Report on vaccination in the Province of Bengal - 1869-1873
Year: 1869
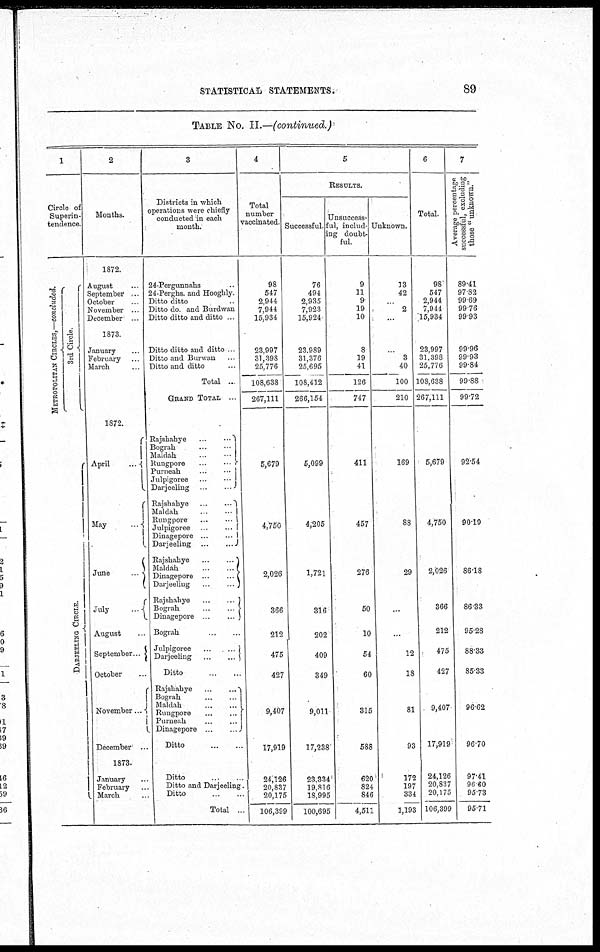
STATISTICAL STATEMENTS.
89
TABLE No. II.—(continued )
1
Circle of
Superin-
tendence
METROPOLITAN CIRCLES,—concluded.
3rd Circle
DARJEELING CIRCLE.
2
Months.
1872.
August
September
October
November
December
1873
January
February
March
1872
April
May
June
July
August
September
October
November ...
December
1873.
January
February
March
3
Districts in which
operations were chiefly
conducted in each
month.
24-Pergunnahs
24-Perghs and Hooghly
Ditto ditto
Ditto do and Burdwan
Ditto ditto and ditto
Ditto ditto and ditto
Ditto and Burwan
Ditto and ditto
Total ...
GRAND TOTAL
Rajshahye
Bograh
Maldah
Rungpore
Purneah
Julprgoree
Darjeeling
Rajshahye
Maldah
Rungpore
Julprgoree
Dinagepore
Darjeeling
Rajshahye
Maldah
Dinagepore
Darjeeling
Rajshahye
Bograh
Dinagepore
Bograh
Julprgoree
Darjeeling
Ditto
Rajshahye
Bograh
Maldah
Rungpore
Purneah
Dinagepore
Ditto
Ditto
Ditto and Darjeeling
Ditto
Total
4
Total
number
vaccinated
98
547
2,944
7,944
15,934
23,997
31,398
25,776
108,638
267,111
5,679
4,750
2,026
366
212
475
427
9,407
17,919
24,126
20,837
20,175
106,399
5
RESULTS
Successful
76
494
2,935
7,923
15,924
23,989
31,376
25,695
108,412
266,154
5,099
4,205
1,721
316
202
409
349
9,011
17,238
23,334
19,816
18,995
100,695
Unsuccess-
ful, includ-
ing doubt-
ful
9
11
9
19
10
8
19
41
126
747
411
457
276
50
10
54
60
315
588
620
824
846
4,511
Unknown.
13
42
2
3
40
100
210
169
88
29
12
18
81
93
172
197
334
1,193
6
Total.
98
547
2,944
7,944
15,934
23,997
31,398
25,776
108,638
267,111
5,679
4,750
2,026
366
212
475
427
9,407
17,919
24,126
20,837
20,175
106,399
7
Average percentage
successful, excluding
those " unknown."
89.41
97.82
99.69
99.76
99.93
99.96
99.93
99.84
99.88
99.72
92.54
90.19
86.18
86.33
95.28
88.33
85.33
96.62
96.70
97.41
96.60
95.73
95.71